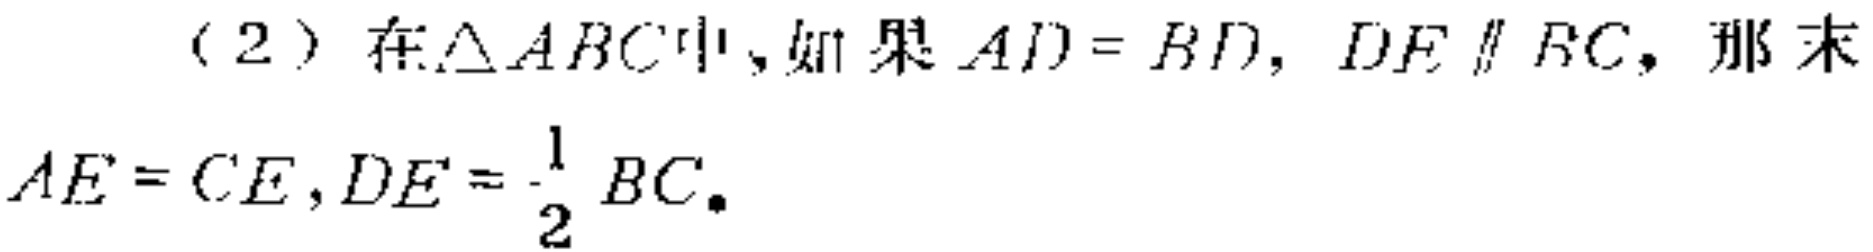
（2）在$\triangle ABC$中，如果$AD = BD$，$DE\parallel BC$，那么$AE = CE$，$DE = \frac{1}{2}BC$。